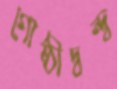
গোষ্ঠীদ্বন্দ্ব